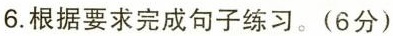
6.根据要求完成句子练习。(6分)